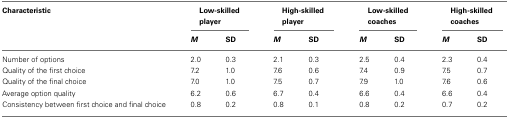
<table><thead><tr><td><b>Characteristic</b></td><td colspan="2"><b>Low-skilled player</b></td><td colspan="2"><b>High-skilled player</b></td><td colspan="2"><b>Low-skilled coaches</b></td><td colspan="2"><b>High-skilled coaches</b></td></tr><tr><td></td><td><b><i>M</i></b></td><td><b>SD</b></td><td><b><i>M</i></b></td><td><b>SD</b></td><td><b><i>M</i></b></td><td><b>SD</b></td><td><b><i>M</i></b></td><td><b>SD</b></td></tr></thead><tbody><tr><td>Number of options</td><td>2.0</td><td>0.3</td><td>2.1</td><td>0.3</td><td>2.5</td><td>0.4</td><td>2.3</td><td>0.4</td></tr><tr><td>Quality of the first choice</td><td>7.2</td><td>1.0</td><td>7.6</td><td>0.6</td><td>7.4</td><td>0.9</td><td>7.5</td><td>0.7</td></tr><tr><td>Quality of the final choice</td><td>7.0</td><td>1.0</td><td>7.5</td><td>0.7</td><td>7.9</td><td>1.0</td><td>7.6</td><td>0.6</td></tr><tr><td>Average option quality</td><td>6.2</td><td>0.6</td><td>6.7</td><td>0.4</td><td>6.6</td><td>0.4</td><td>6.6</td><td>0.4</td></tr><tr><td>Consistency between first choice and final choice</td><td>0.8</td><td>0.2</td><td>0.8</td><td>0.1</td><td>0.8</td><td>0.2</td><td>0.7</td><td>0.2</td></tr></tbody></table>